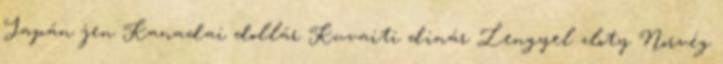
Japán jen Kanadai dollár Kuvaiti dinár Lengyel zloty Norvég